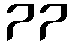
77